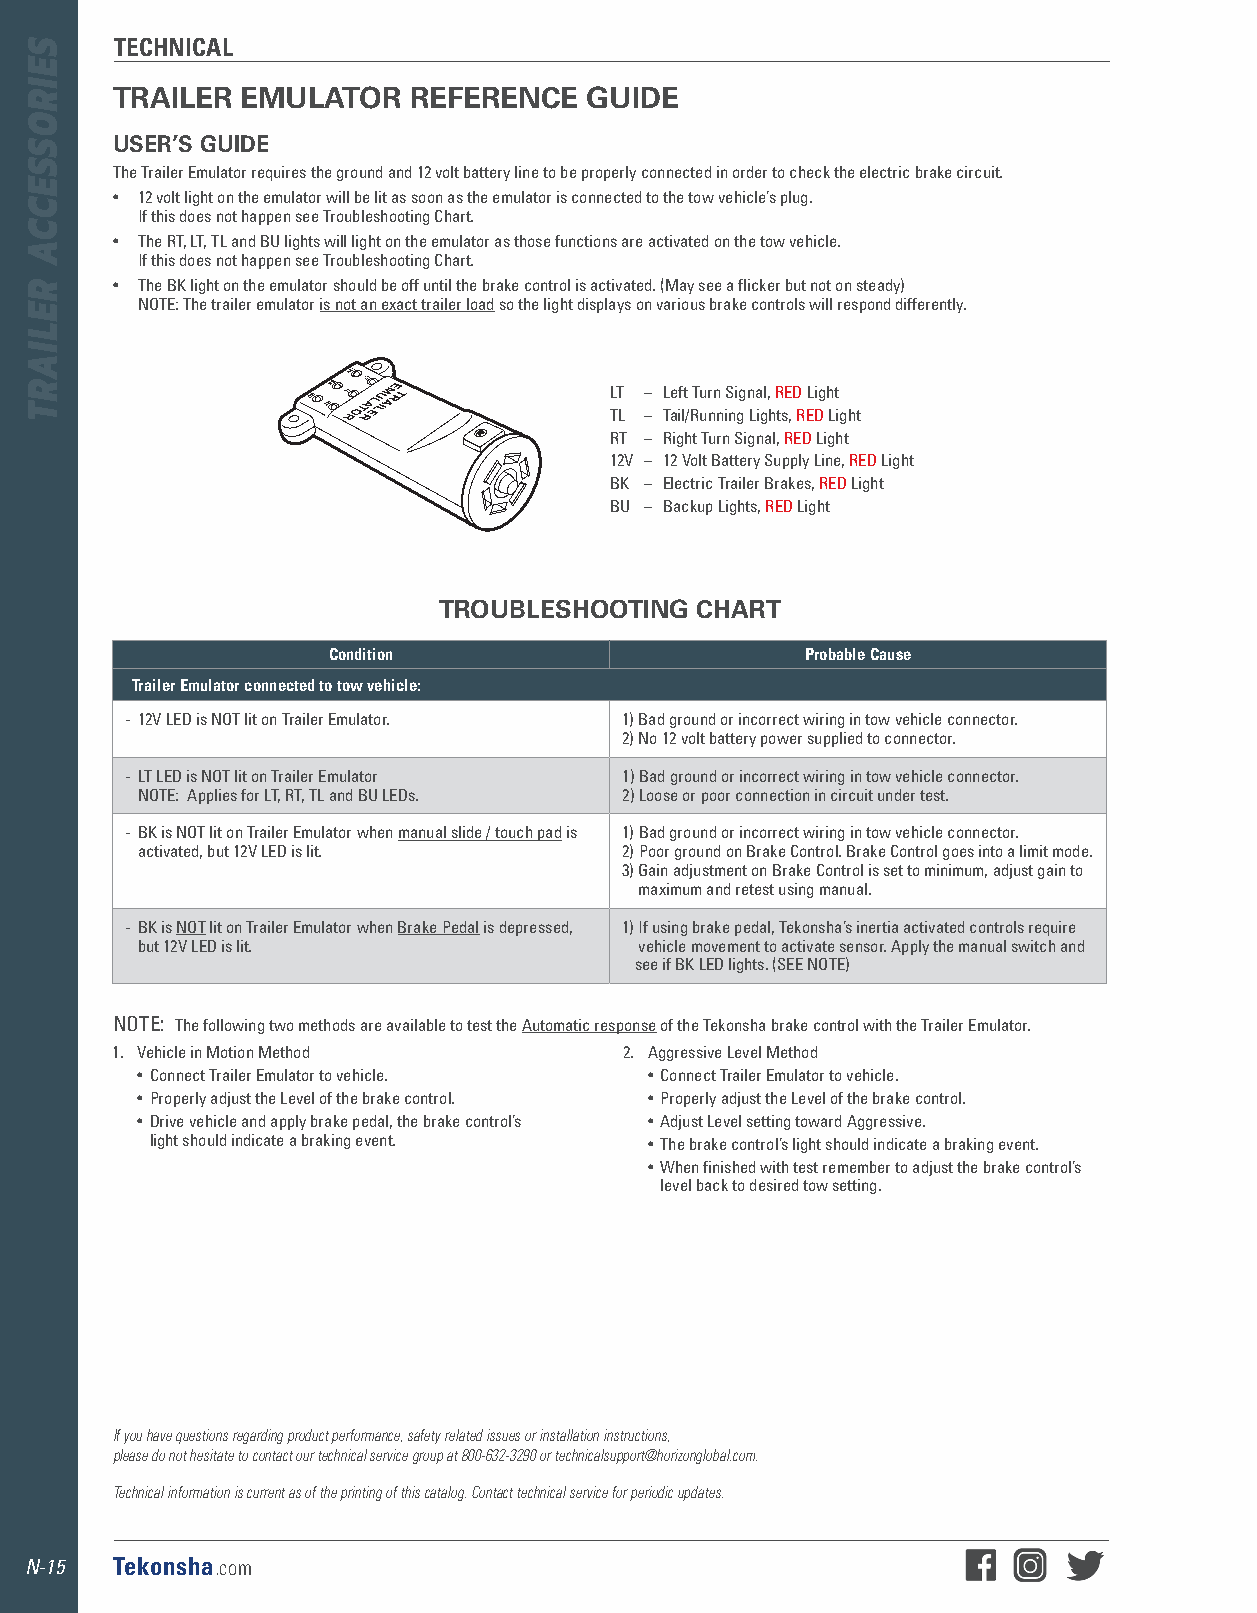
TECHNICAL
 TRAILER  EMULATOR   REFERENCE   GUIDE
 USER’S GUIDE
 The Trailer Emulator requires the ground and 12 volt battery line to be properly connected in order to check the electric brake circuit .
 • 12 volt light on the emulator will be lit as soon as the emulator is connected to the tow vehicle’s plug .
 If this does not happen see Troubleshooting Chart .
 • The RT, LT, TL and BU lights will light on the emulator as those functions are activated on the tow vehicle .
 If this does not happen see Troubleshooting Chart .
 • The BK light on the emulator should be off until the brake control is activated . (May see a flicker but not on steady)
 NOTE: The trailer emulator is not an exact trailer load so the light displays on various brake controls will respond differently .
 LT – Left Turn Signal, RED Light
 TL – Tail/Running Lights, RED Light
 RT – Right Turn Signal, RED Light
 12V – 12 Volt Battery Supply Line, RED Light
 BK – Electric Trailer Brakes, RED Light
 BU – Backup Lights, RED Light
 TROUBLESHOOTING  CHART
 Condition                      Probable Cause
 Trailer Emulator connected to tow vehicle:
 - 12V LED is NOT lit on Trailer Emulator . 1) Bad ground or incorrect wiring in tow vehicle connector .
 2) N o 12 volt battery power supplied to connector .
 - LT LED is NOT lit on Trailer Emulator 1) Bad ground or incorrect wiring in tow vehicle connector .
 NOTE: Applies for LT, RT, TL and BU LEDs . 2) Loose or poor connection in circuit under test .
 - BK is NOT lit on Trailer Emulator when manual slide / touch pad is 1) Bad ground or incorrect wiring in tow vehicle connector .
 activated, but 12V LED is lit . 2) Poor ground on Brake Control . Brake Control goes into a limit mode .
 3) Gain adjustment on Brake Control is set to minimum, adjust gain to
 maximum and retest using manual .
 - BK is NOT lit on Trailer Emulator when Brake Pedal is depressed, 1) If using brake pedal, Tekonsha’s inertia activated controls require
 but 12V LED is lit .             vehicle movement to activate sensor . Apply the manual switch and
 see if BK LED lights . (SEE NOTE)
 NOTE: The following two methods are available to test the Automatic response of the Tekonsha brake control with the Trailer Emulator .
 1 . Vehicle in Motion Method      2 . Aggressive Level Method
 • Connect Trailer Emulator to vehicle . • Connect Trailer Emulator to vehicle .
 • Properly adjust the Level of the brake control . • Properly adjust the Level of the brake control .
 • Drive vehicle and apply brake pedal, the brake control’s • Adjust Level setting toward Aggressive .
 light should indicate a braking event . • The brake control’s light should indicate a braking event .
 • When finished with test remember to adjust the brake control’s
 level back to desired tow setting .
 If you have questions regarding product performance, safety related issues or installation instructions,
 please do not hesitate to contact our technical service group at 800-632-3290 or technicalsupport@horizonglobal.com.
 Technical information is current as of the printing of this catalog. Contact technical service for periodic updates.
 N-15 Tekonsha.com
 SEIROSSECCA
 RELIART